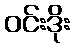
ဝင်းဒိုး